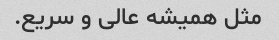
مثل همیشه عالی و سریع.